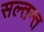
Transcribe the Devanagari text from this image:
सल्तन्त